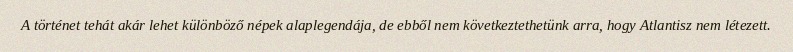
A történet tehát akár lehet különböző népek alaplegendája, de ebből nem következtethetünk arra, hogy Atlantisz nem létezett.